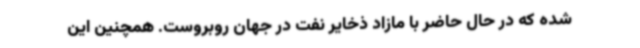
شده که در حال حاضر با مازاد ذخایر نفت در جهان روبروست. همچنین این